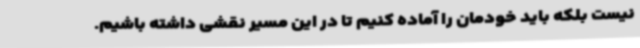
نیست بلکه باید خودمان را آماده کنیم تا در این مسیر نقشی داشته باشیم.